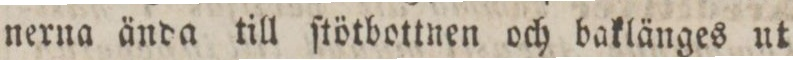
nerna ända till ſtötbottnen och baklänges ut